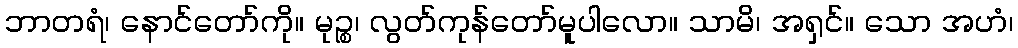
ဘာတရံ၊ နောင်တော်ကို။ မုဉ္စ၊ လွတ်ကုန်တော်မူပါလော။ သာမိ၊ အရှင်။ သော အဟံ၊